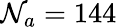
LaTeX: \mathcal{N}_{a}=144